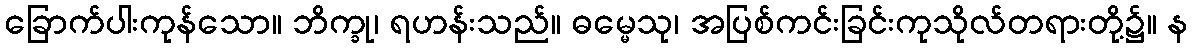
ခြောက်ပါးကုန်သော။ ဘိက္ခု၊ ရဟန်းသည်။ ဓမ္မေသု၊ အပြစ်ကင်းခြင်းကုသိုလ်တရားတို့၌။ န